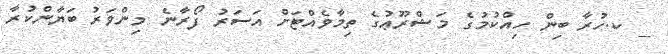
_ ކ.ހުރާ ބިން ހިއްކުމުގެ މަޝްރޫޢުގެ ތިމާވެއްޓަށް އަސަރު ފޯރާނެ މިންވަރު ބަޔާންކުރާ